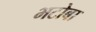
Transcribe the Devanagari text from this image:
भटोबा